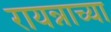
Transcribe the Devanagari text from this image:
रायन्नाच्या